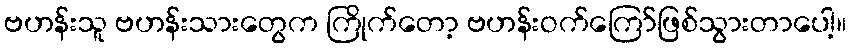
ဗဟန်းသူ ဗဟန်းသားတွေက ကြိုက်တော့ ဗဟန်းဝက်ကြော်ဖြစ်သွားတာပေါ့။